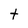
Character: t